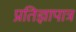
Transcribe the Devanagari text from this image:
प्रतिज्ञापात्र